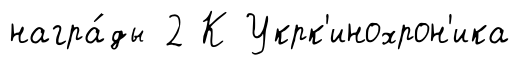
награ́ды 2 К Укрк'инохрон'ика